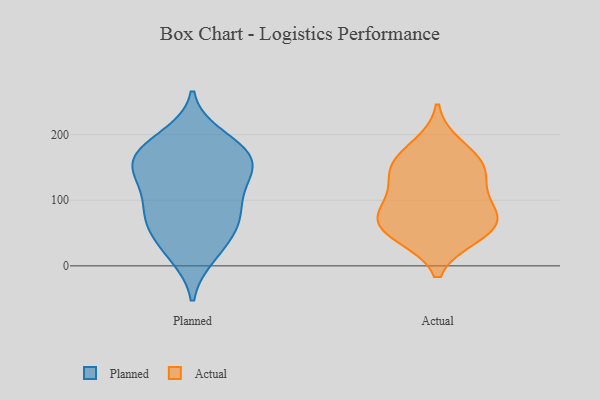
{"axis": {"x": "Energy Usage (MWh)", "y": "Value"}, "legend": ["Actual", "Planned"], "data": [{"x": "", "y": 136, "type": "Planned"}, {"x": "", "y": 198, "type": "Planned"}, {"x": "", "y": 136, "type": "Planned"}, {"x": "", "y": 160, "type": "Planned"}, {"x": "", "y": 97, "type": "Planned"}, {"x": "", "y": 15, "type": "Planned"}, {"x": "", "y": 176, "type": "Planned"}, {"x": "", "y": 53, "type": "Planned"}, {"x": "", "y": 88, "type": "Planned"}, {"x": "", "y": 150, "type": "Planned"}, {"x": "", "y": 51, "type": "Planned"}, {"x": "", "y": 178, "type": "Planned"}, {"x": "", "y": 144, "type": "Planned"}, {"x": "", "y": 18, "type": "Planned"}, {"x": "", "y": 99, "type": "Planned"}, {"x": "", "y": 73, "type": "Planned"}, {"x": "", "y": 63, "type": "Planned"}, {"x": "", "y": 159, "type": "Planned"}, {"x": "", "y": 186, "type": "Planned"}, {"x": "", "y": 67, "type": "Actual"}, {"x": "", "y": 183, "type": "Actual"}, {"x": "", "y": 117, "type": "Actual"}, {"x": "", "y": 148, "type": "Actual"}, {"x": "", "y": 149, "type": "Actual"}, {"x": "", "y": 153, "type": "Actual"}, {"x": "", "y": 92, "type": "Actual"}, {"x": "", "y": 67, "type": "Actual"}, {"x": "", "y": 46, "type": "Actual"}, {"x": "", "y": 77, "type": "Actual"}, {"x": "", "y": 47, "type": "Actual"}]}